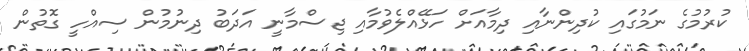
ކުރުމުގެ ނަމުގައި ކުދިންނާއި ދިމާއަށް ހަޅޭއްލެވުމާއި ޖިސްމާނީ އަދަބު ދިނުމުން ސިއްހީ ގޮތުން